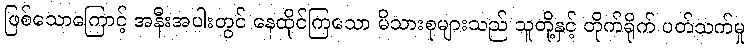
ဖြစ်သောကြောင့် အနီးအပါးတွင် နေထိုင်ကြသော မိသားစုများသည် သူတို့နှင့် တိုက်ရိုက် ပတ်သက်မှု